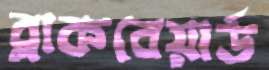
ব্লাকবেয়ার্ড